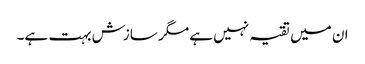
ان میں تقیہ نہیں ہے مگر سازش بہت ہے۔